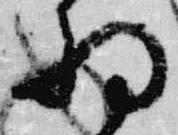
将